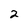
Character: 2